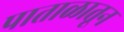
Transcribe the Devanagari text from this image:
पाताळातून